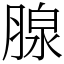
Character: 腺